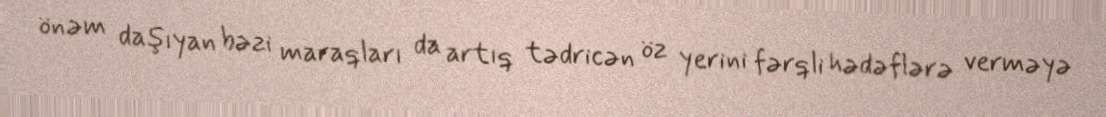
önəm daşıyan bəzi maraqları da artıq tədricən öz yerini fərqli hədəflərə verməyə